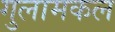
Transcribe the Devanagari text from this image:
गुलामकल